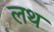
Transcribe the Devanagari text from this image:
लथ